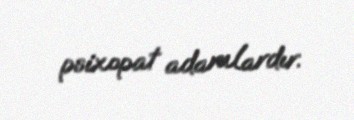
psixopat adamlardır.